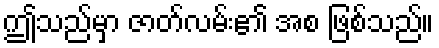
ဤသည်မှာ ဇာတ်လမ်း၏ အစ ဖြစ်သည်။